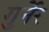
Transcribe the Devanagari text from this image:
गुर्नेर